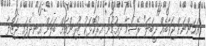
އަހަންނަށް ޖަވާބެއް ދީބަލަ" ރޭޝްމާ ދިއުމުން އިރުކޮޅަކު ޒޫރިންއަށް ބަލަން އިނދެފައި ޖަޒްލާ